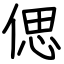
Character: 偲